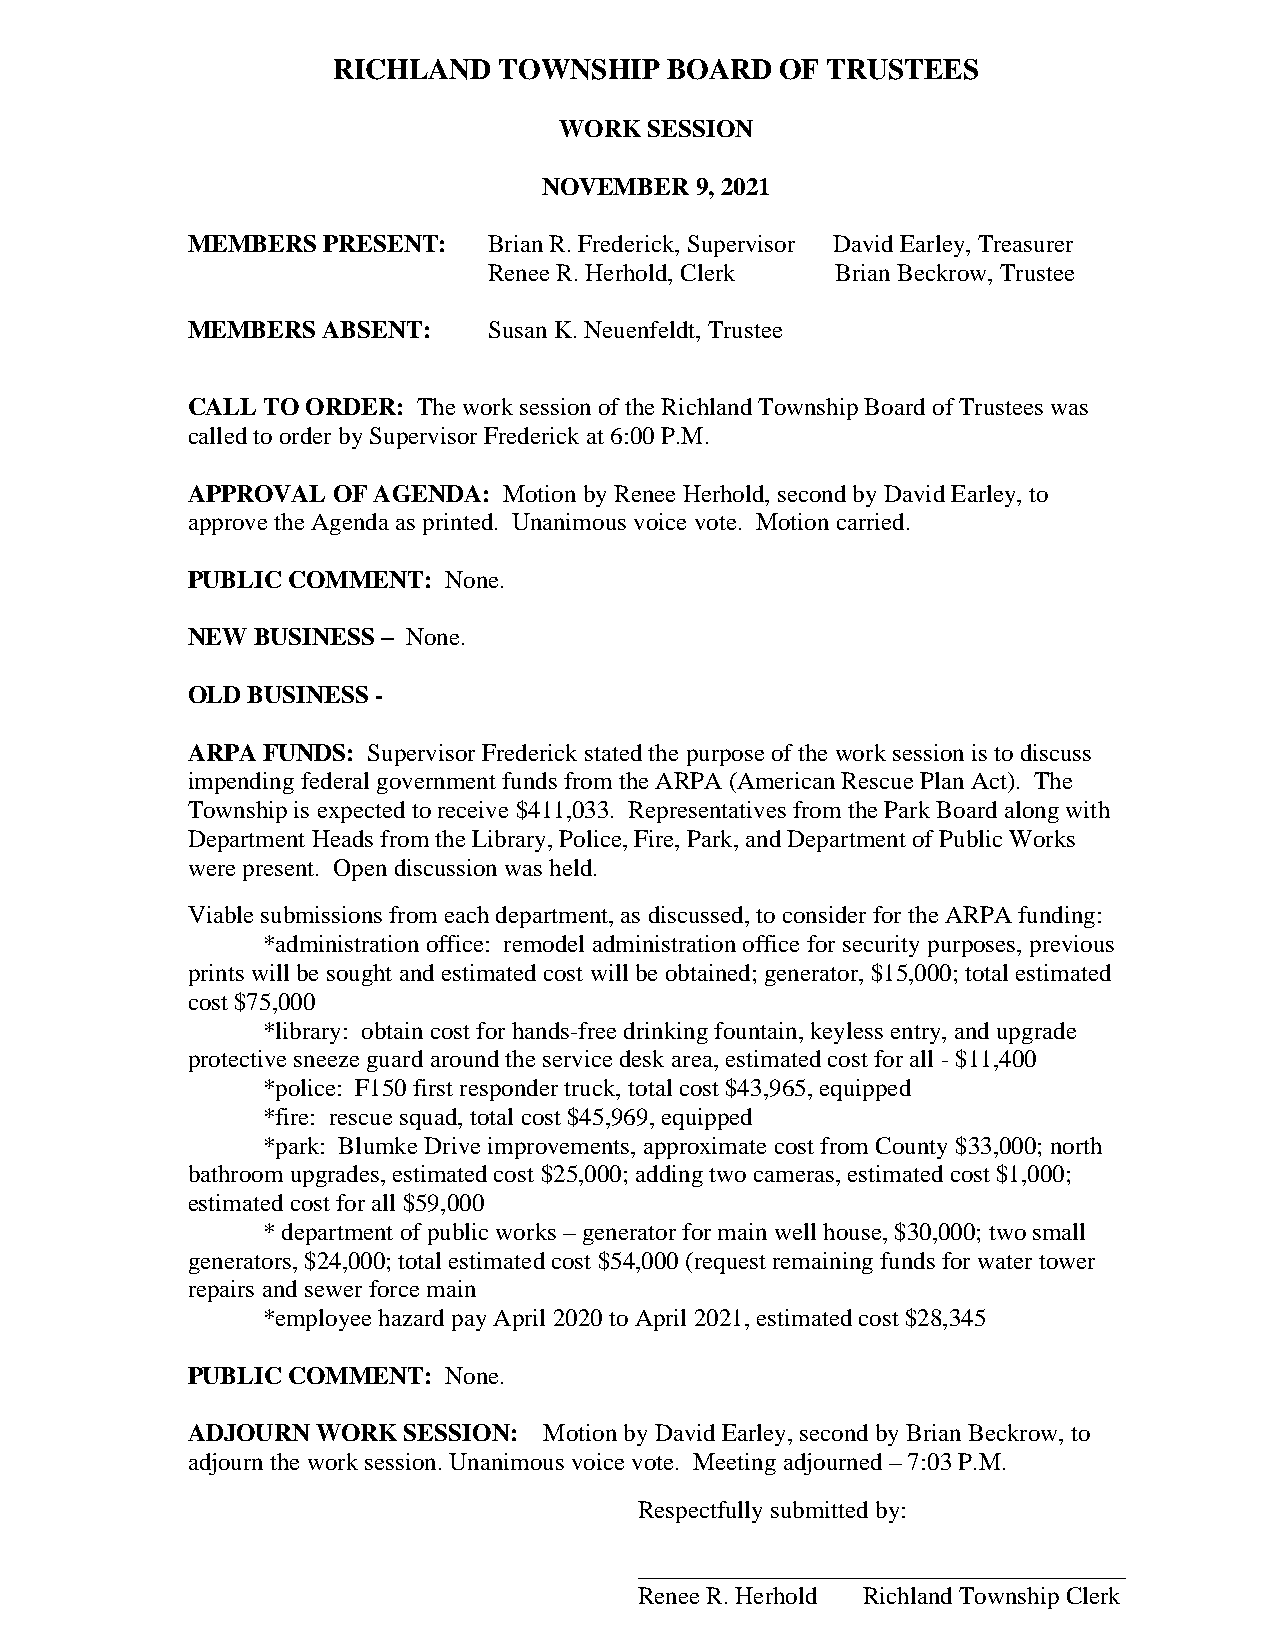
RICHLAND   TOWNSHIP   BOARD   OF TRUSTEES
 WORK  SESSION
 NOVEMBER  9, 2021
 MEMBERS  PRESENT:   Brian R. Frederick, Supervisor David Earley, Treasurer
 Renee R. Herhold, Clerk Brian Beckrow, Trustee
 MEMBERS  ABSENT:    Susan K. Neuenfeldt, Trustee
 CALL TO ORDER:  The work session of the Richland Township Board of Trustees was
 called to order by Supervisor Frederick at 6:00 P.M.
 APPROVAL  OF AGENDA: Motion by Renee Herhold, second by David Earley, to
 approve the Agenda as printed. Unanimous voice vote. Motion carried.
 PUBLIC COMMENT:  None.
 NEW  BUSINESS – None.
 OLD BUSINESS -
 ARPA FUNDS: Supervisor Frederick stated the purpose of the work session is to discuss
 impending federal government funds from the ARPA (American Rescue Plan Act). The
 Township is expected to receive $411,033. Representatives from the Park Board along with
 Department Heads from the Library, Police, Fire, Park, and Department of Public Works
 were present. Open discussion was held.
 Viable submissions from each department, as discussed, to consider for the ARPA funding:
 *administration office: remodel administration office for security purposes, previous
 prints will be sought and estimated cost will be obtained; generator, $15,000; total estimated
 cost $75,000
 *library: obtain cost for hands-free drinking fountain, keyless entry, and upgrade
 protective sneeze guard around the service desk area, estimated cost for all - $11,400
 *police: F150 first responder truck, total cost $43,965, equipped
 *fire: rescue squad, total cost $45,969, equipped
 *park: Blumke Drive improvements, approximate cost from County $33,000; north
 bathroom upgrades, estimated cost $25,000; adding two cameras, estimated cost $1,000;
 estimated cost for all $59,000
 * department of public works – generator for main well house, $30,000; two small
 generators, $24,000; total estimated cost $54,000 (request remaining funds for water tower
 repairs and sewer force main
 *employee hazard pay April 2020 to April 2021, estimated cost $28,345
 PUBLIC COMMENT:  None.
 ADJOURN  WORK  SESSION: Motion by David Earley, second by Brian Beckrow, to
 adjourn the work session. Unanimous voice vote. Meeting adjourned – 7:03 P.M.
 Respectfully submitted by:
 _______________________________________
 Renee R. Herhold Richland Township Clerk